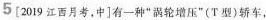
5 [2019江西月考，中]有一种”涡轮增压”（T型）轿车，